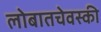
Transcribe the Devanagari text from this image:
लोबातचेवस्की